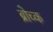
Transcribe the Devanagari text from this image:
ब्रोच्क